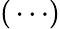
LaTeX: (\, \cdots)